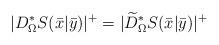
LaTeX: \begin{align*}|D_\Omega^*S(\bar x|\bar y)|^+=|\widetilde D_\Omega^*S(\bar x|\bar y)|^+\end{align*}